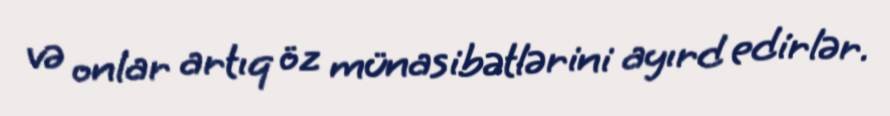
və onlar artıq öz münasibətlərini ayırd edirlər.